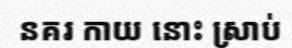
នគរ កាយ នោះ ស្រាប់